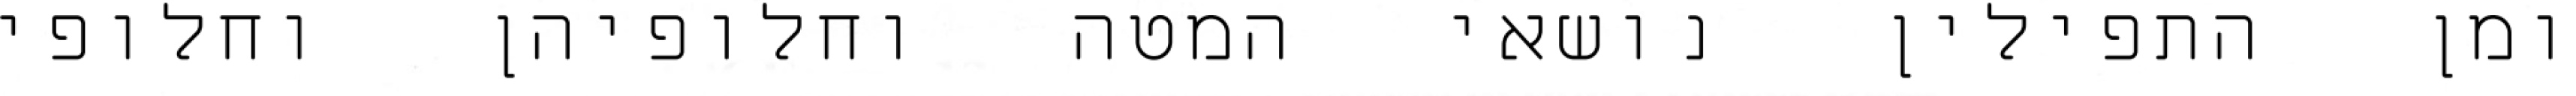
ומן התפילין נושאי המטה וחלופיהן וחלופי